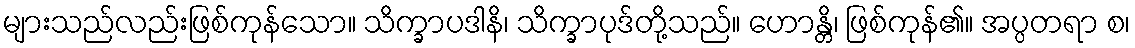
များသည်လည်းဖြစ်ကုန်သော။ သိက္ခာပဒါနိ၊ သိက္ခာပုဒ်တို့သည်။ ဟောန္တိ၊ ဖြစ်ကုန်၏။ အပ္ပတရာ စ၊